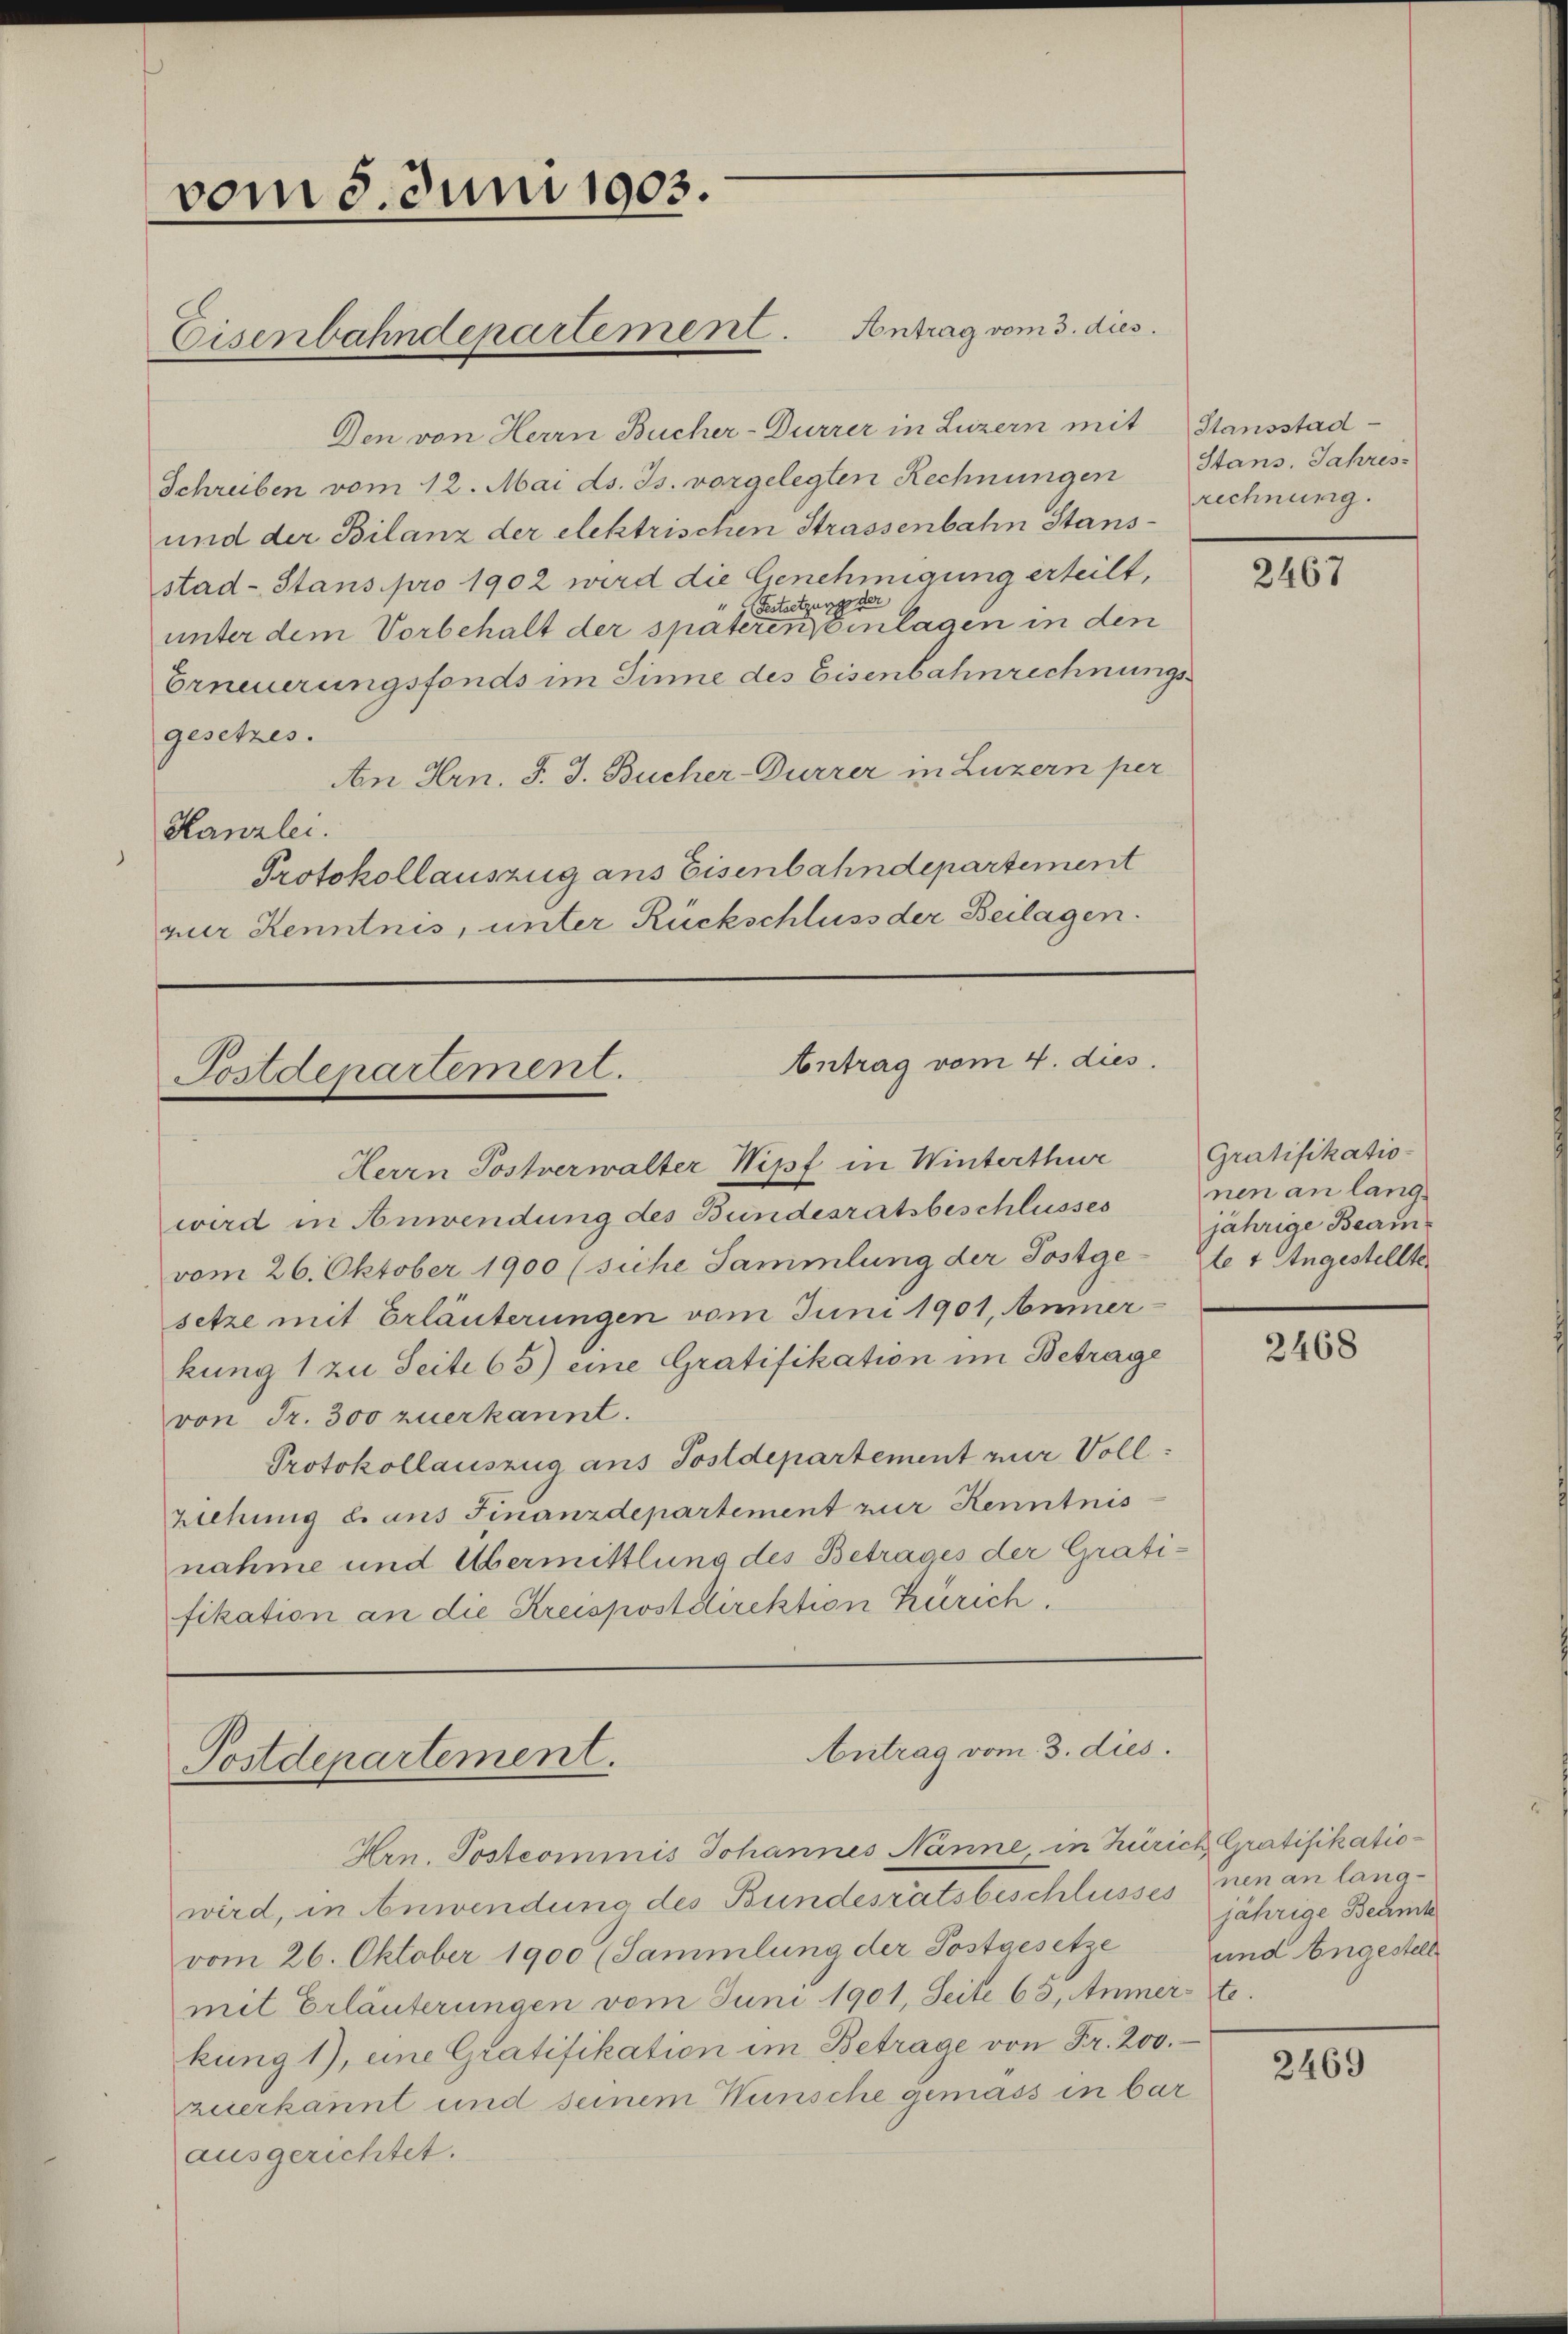
vom 3. Juni 1903.
Eisenbahndepartement. Antrag vom 3. dies

Den von Herrn Bucher-Durrer in Luzern mit Stansstad¬
Schreiben vom 12. Mai ds. Js. vorgelegten Rechnungen Stans. Jahres-
und der Bilanz der elektrischen Strassenbahn Stansstad- Stans pro 1902 wird die Genehmigung erteilt,
Festsetzung der
unter dem Vorbehalt der späteren Einlagen in den
Erneuerungsfonds im Sinne des Eisenbahnrechnungsgesetzes.
An Hrn. J. J. Bucher-Durrer in Luzern per
Kanzlei.
Protokollauszug ans Eisenbahndepartement
quer Kenntnis, unter Rückschluss der Beilagen.

Antrag vom 4. dies
Postdepartement.

Antrag vom 3. dies.
Postdepartement.
Hrn. Postcommis Johannes Nanne, in Zürich Gratifikatio¬

Herrn Postverwalter Wipf in Winterthur
wird in Anwendung des Bundesratsbeschlusses
vom 26. Oktober 1900 (siche Sammlung der Postge-Se 7 Angestellte
setze mit Erläuterungen vom Juni 1901, Aninerkung 1 zu Seite 65) eine Gratifikation im Betrage
von Fr. 300 zuerkannt.
Protokollauszug ans Postdepartement mir Voll
ziehung b. aus Finanzdepartement zur Kenntnis
nahme und Übermittlung des Betrages der Gratifikation an die Kreispostdirektion Zürich.

rechnung.

wird, in Anwendung des Bundesrätsbeschlusses nen an langvom 26. Oktober 1900 (Sammlung der Postgesetze
mit Erläuterungen vom Juni 1901, Seite 63, Anmerte.
kung 1), eine Gratifikation im Betrage von Fr. 200.
zuerkannt und seinem Wünsche gemäss in bar
ausgerichtet.

2467

Gratifikatio-
nen an lang
jährige Beam¬

2468

jährige Beamt
und Angestell

2469